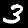
Label: 3